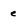
Character: e